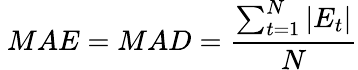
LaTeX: \ MAE=MAD={\frac{\sum_{t=1}^{N}|E_{t}|}{N}}